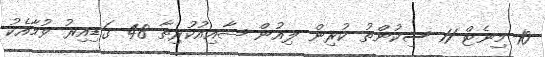
10 މިނެޓް 11 ސިކުންތު ކުރިން ލިއުން ޝާއިއުކުރިތާ 48 ގަޑިއިރު ވުމާއެކު